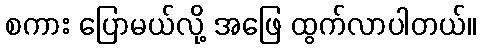
စကား ပြောမယ်လို့ အဖြေ ထွက်လာပါတယ်။